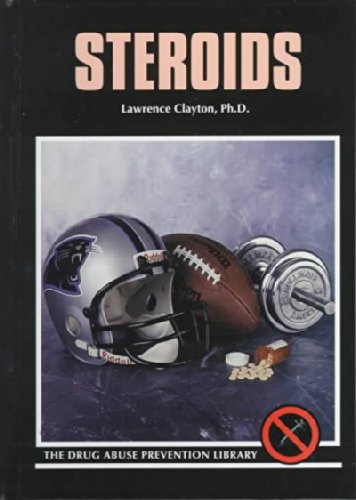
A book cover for Steroids (Drug Abuse Prevention Library); Lawrence Clayton; Teen & Young Adult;